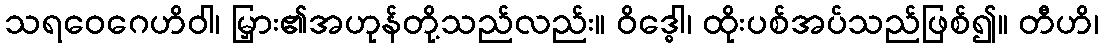
သရဝေဂေဟိဝါ၊ မြှား၏အဟုန်တို့သည်လည်း။ ဝိဒ္ဓေါ၊ ထိုးပစ်အပ်သည်ဖြစ်၍။ တီဟိ၊